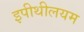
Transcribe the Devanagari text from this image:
इपीथीलयम